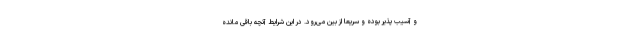
و آسیب پذیر بوده و سریعا از بین می‌رود. در این شرایط آنچه باقی مانده